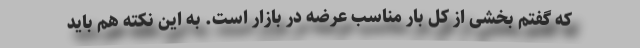
که گفتم بخشی از کل بار مناسب عرضه در بازار است. به این نکته هم باید